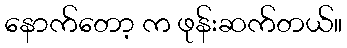
နောက်တော့ က ဖုန်းဆက်တယ်။